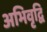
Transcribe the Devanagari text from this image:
अभिवृद्वि